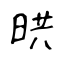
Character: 晎